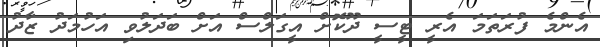
އެންމެ ފުރަތަމަ އެރީ ޓީސީ ދޫކޮށް އީގަލްސް އަށް ބަދަލުވި އަހުމަދު ޒާދު